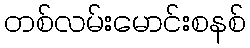
တစ်လမ်းမောင်းစနစ်